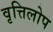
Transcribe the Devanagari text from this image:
वृत्तिलोप